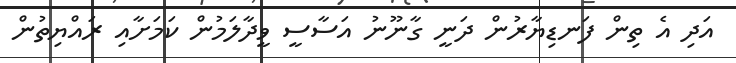
އަދި އެ ތިން ފަނޑިޔާރުން ދަނީ ގާނޫނު އަސާސީ ވީދާލަމުން ކަމަށާއި ރައްޔިތުން